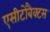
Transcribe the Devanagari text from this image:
एसीटोबैक्टस